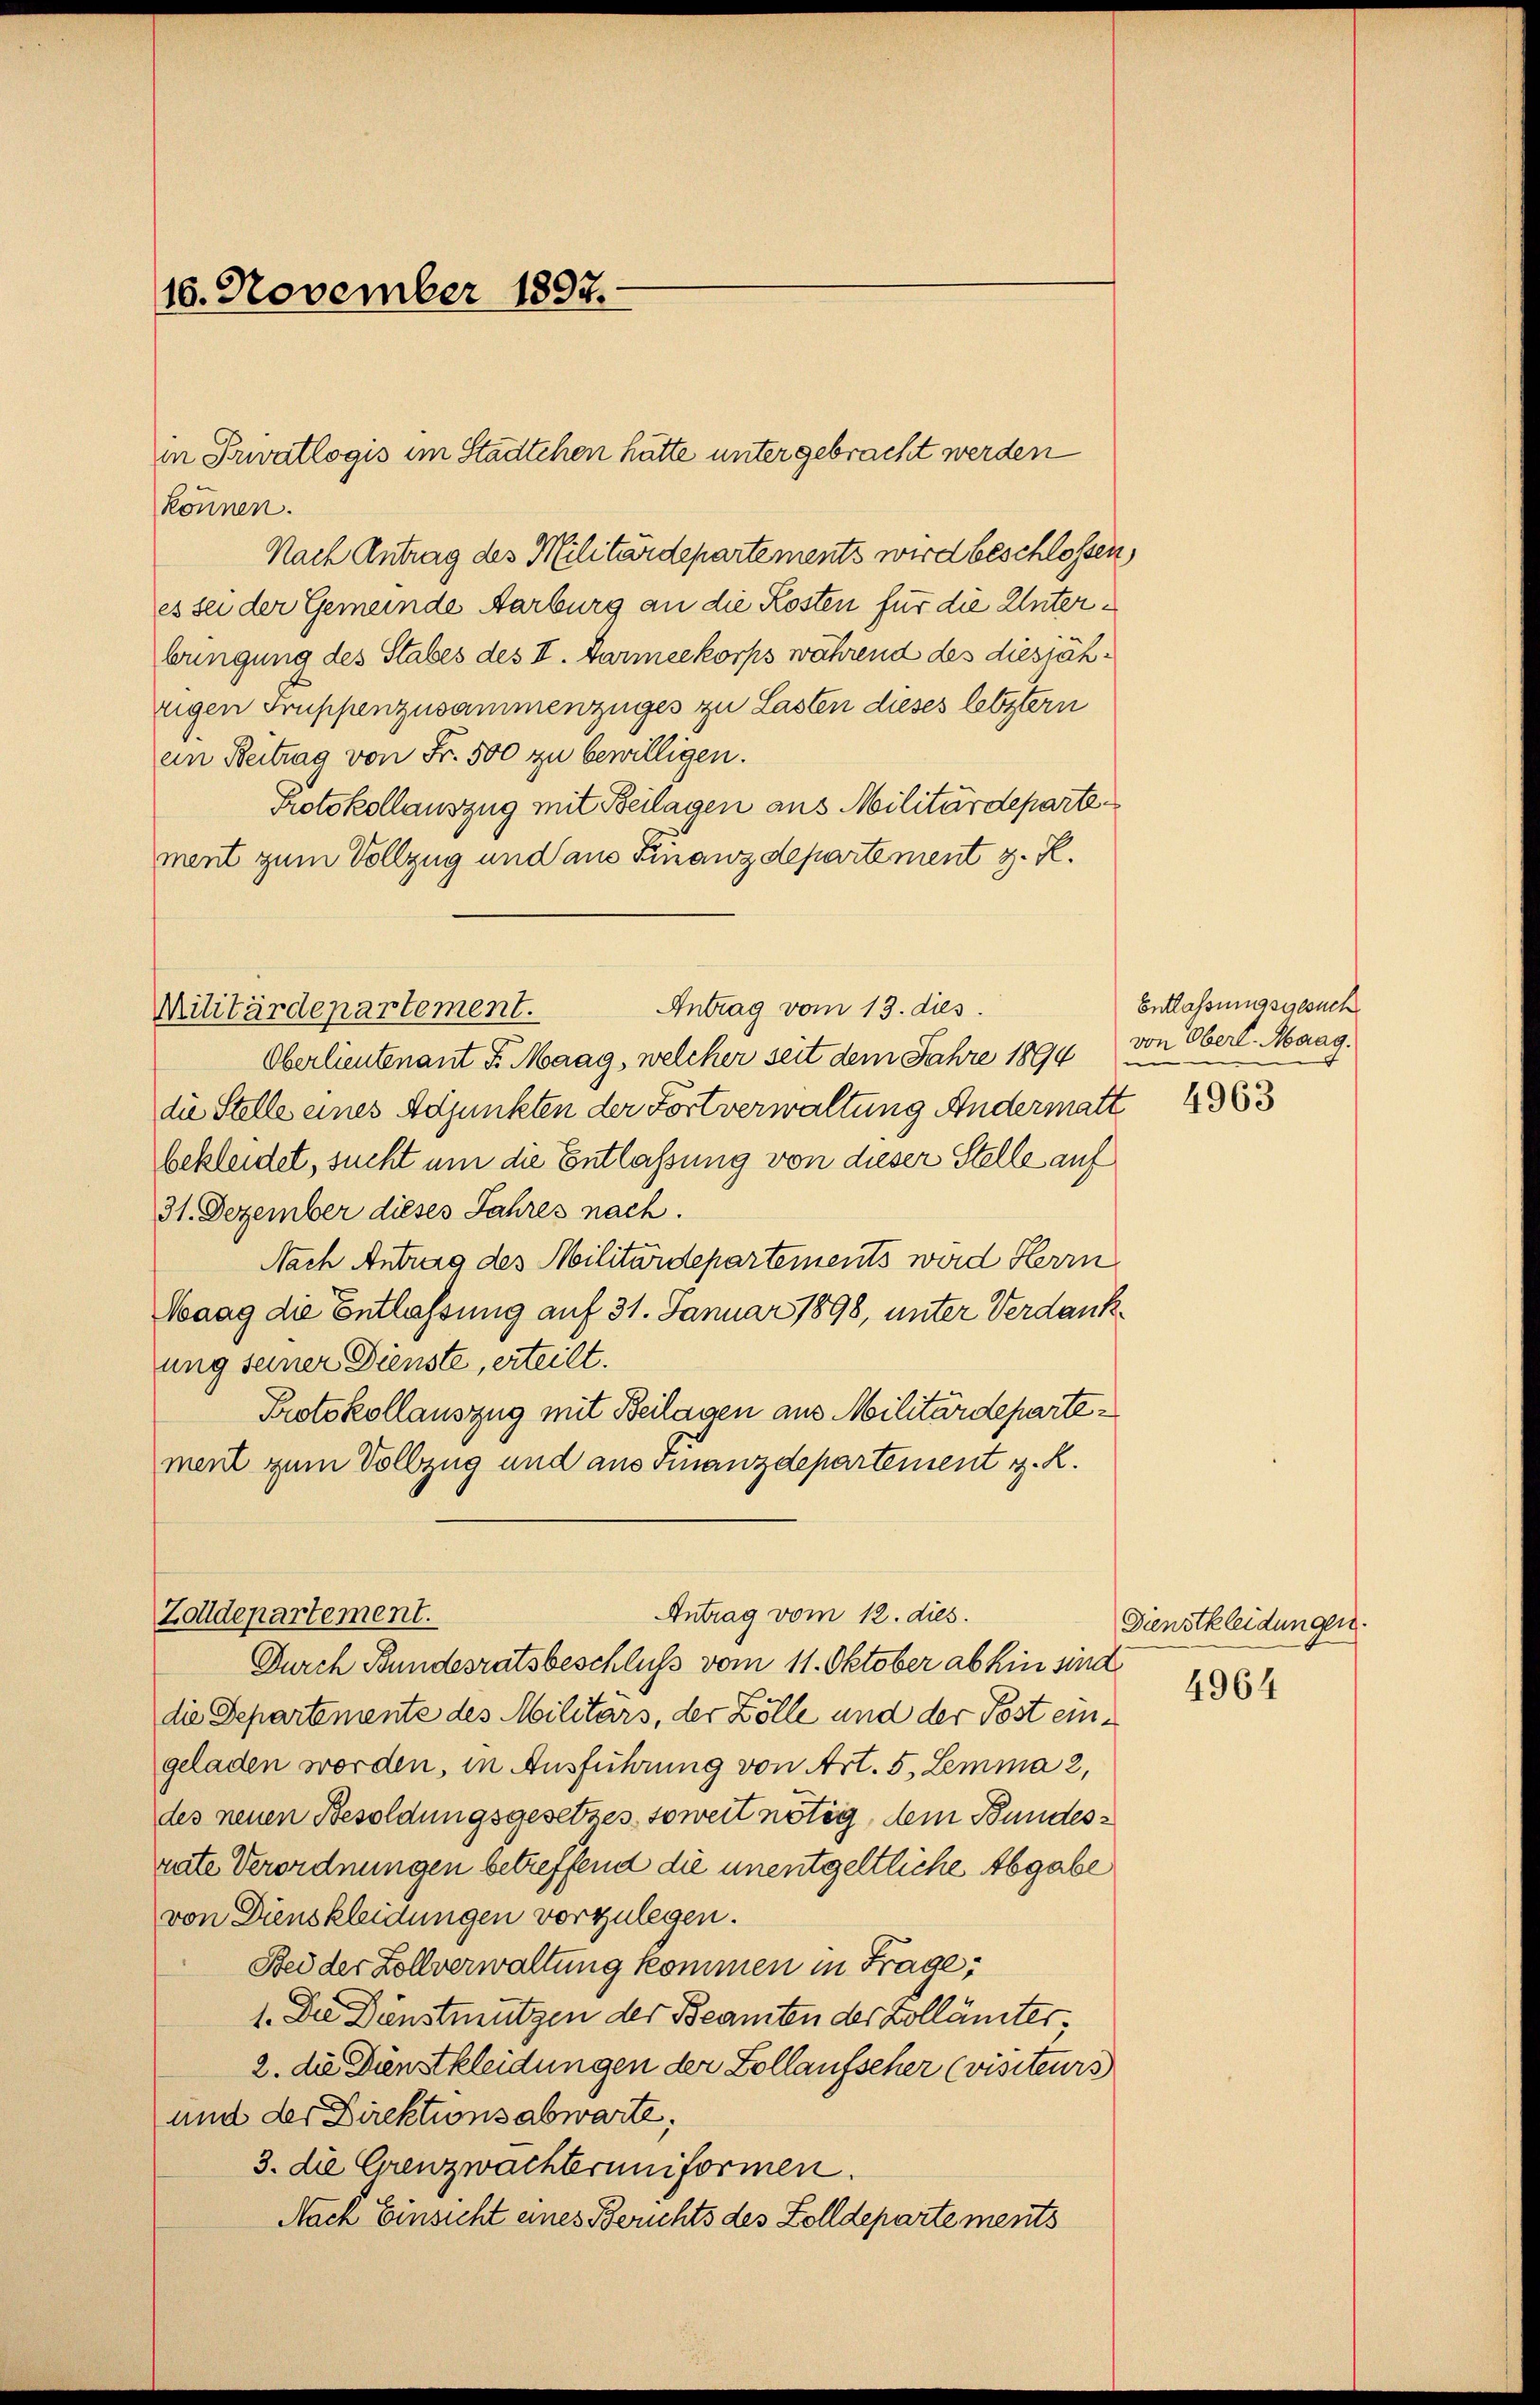
10. November 1897.

können.
Nach Antrag des Militärdepartements wird beschlossen,
es sei der Gemeinde Aarburg an die Kosten für die Unterbringung des Stabes des II. Darmeekorps während des diesjährigen Truppenzusammenzüges zu Lasten dieses letztern
ein Beitrag von Fr. 500 zu bewilligen.
Protokollauszug mit Beilagen aus Militärdeparte
ment zum Vollzug und aus Finanzdepartement z. R.

in Privatlogis im Städtchen hätte unter gebracht werden

Antrag vom 13. dies
Militärdepartement.

Oberlieutenant F. Maag, welcher seit dem Jahre 1894
die Stelle eines Adjunkten der Fortverwaltung Andermatt 1363
bekleidet, sucht um die Entlassung von dieser Stelle auf
31. Dezember dieses Jahres nach.
Nach Antrag des Militärdepartements wird Herrn
Maag die Entlassung auf 31. Januar 1898, unter Verdankung seiner Dienste, erteilt.
Protokollauszug mit Beilagen aus Militärdepartement zum Vollzug und aus Finanzdepartement z. R.

Antrag vom 12. dies
Zolldepartement.
Durch Bundesratsbeschluß vom 11. Oktober abhin sind

die Departemente des Militärs, der Zölle und der Post eingeladen worden, in Ausführung von Art. 5, Lemma 2,
des neuen Besoldungsgesetzes, soweit nötig, dem Bundesrute Verordnungen betreffend die unentgeltliche Abgabe
von Dienskleidungen vorzulegen.
Bei der Zollverwaltung kommen in Frage,
1. Die Dinstmützen der Beamten der Zollämter,
2. die Dienstkleidungen der Zollaufscher (visiteurs
und der Direktionsabwarte,
3. die Grenzwachteruniformen.
Nach Einsicht eines Berichts des Zolldepartements

)

Entlassungsgesuch
von Oberl. Maag.

Dunstkleidungen.
4964